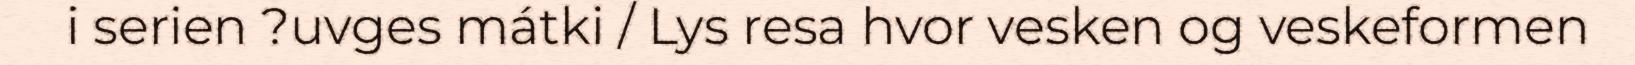
i serien ?uvges mátki / Lys resa hvor vesken og veskeformen